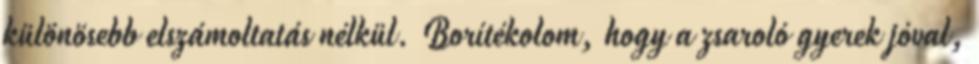
különösebb elszámoltatás nélkül. Borítékolom, hogy a zsaroló gyerek jóval,